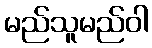
မည်သူမည်ဝါ